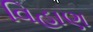
વિહાણ